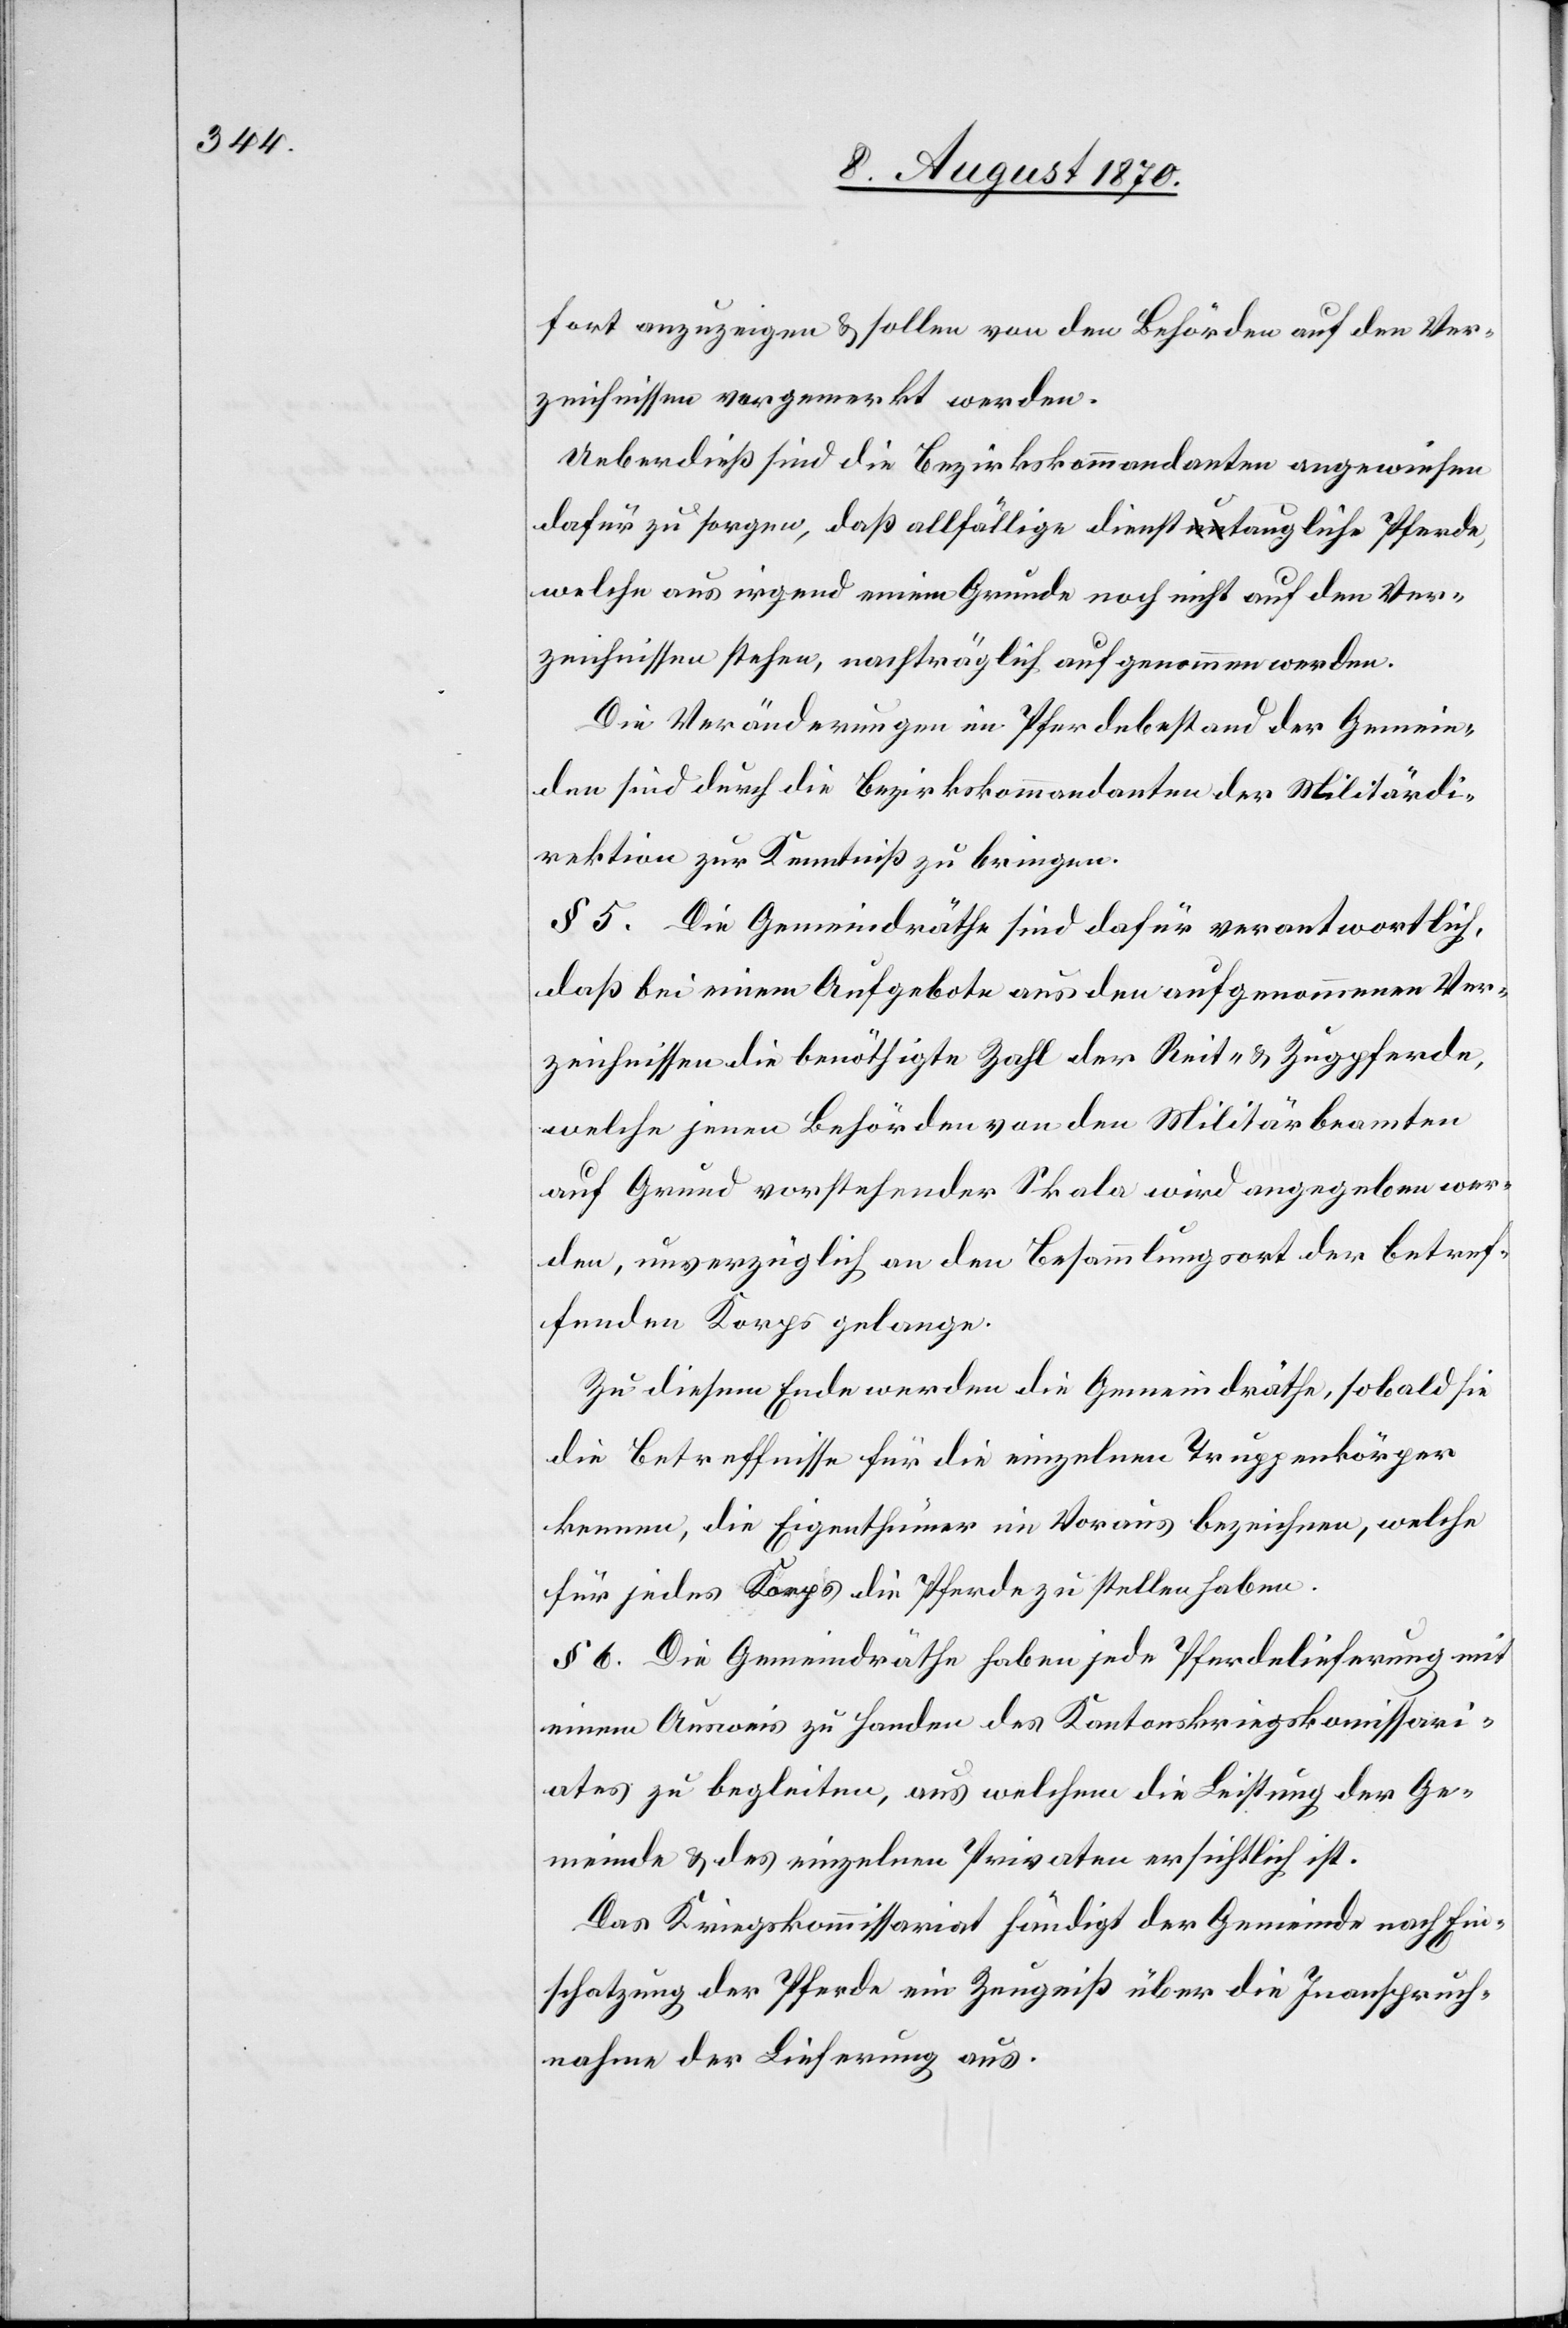
fort anzuzeigen & sollen von den Behörden auf den Ver¬
zeichnissen vorgemerkt werden.
Ueberdieß sind die Bezirkskommandanten angewiesen
dafür zu sorgen, daß allfällige diensta-un-ataugliche Pferde,
welche aus irgend einem Grunde noch nicht auf den Ver¬
zeichnissen stehen, nachträglich aufgenommen werden.
Die Veränderungen im Pferdebestand der Gemein¬
den sind durch die Bezirkskommandanten der Militärdi¬
rektion zur Kenntniß zu bringen.
§ 5. Die Gemeindräthe sind dafür verantwortlich,
daß bei einem Aufgebote aus den aufgenommenen Ver¬
zeichnissen die benöthigte Zahl der Reit- & Zugpferde,
welche jenen Behörden von den Militärbeamten
auf Grund vorstehender Skala wird angegeben wer¬
den, unverzüglich an den Besammlungsort der betref¬
fenden Korps gelange.
Zu diesem Ende werden die Gemeindräthe, sobald sie
die Betreffnisse für die einzelnen Truppenkörper
kennen, die Eigenthümer im Voraus bezeichnen, welche
für jedes Korps die Pferde zu stellen haben.
§ 6. Die Gemeindräthe haben jede Pferdelieferung mit
einem Ausweis zu Handen des Kantonskriegskommissari¬
ates zu begleiten, aus welchem die Leistung der Ge¬
meinde & des einzelnen Privaten ersichtlich ist.
Das Kriegskommissariat händigt der Gemeinde nach Ein¬
schatzung der Pferde eine Zeugniß über die Inanspruch¬
nahme der Lieferung aus.